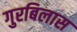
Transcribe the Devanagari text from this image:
गुरबिलास